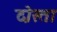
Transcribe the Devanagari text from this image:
दोस्ता